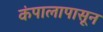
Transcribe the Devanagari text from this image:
कंपालापासून